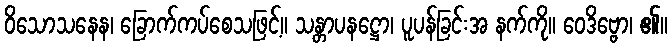
ဝိသောသနေန၊ ခြောက်ကပ်စေသဖြင့်။ သန္တာပနဋ္ဌော၊ ပူပန်ခြင်းအ နက်ကို။ ဝေဒိဗ္ဗော၊ ၏။